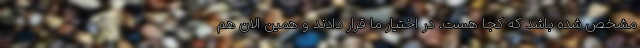
مشخص شده باشد که کجا هست. در اختیار ما قرار دادند و همین الان هم